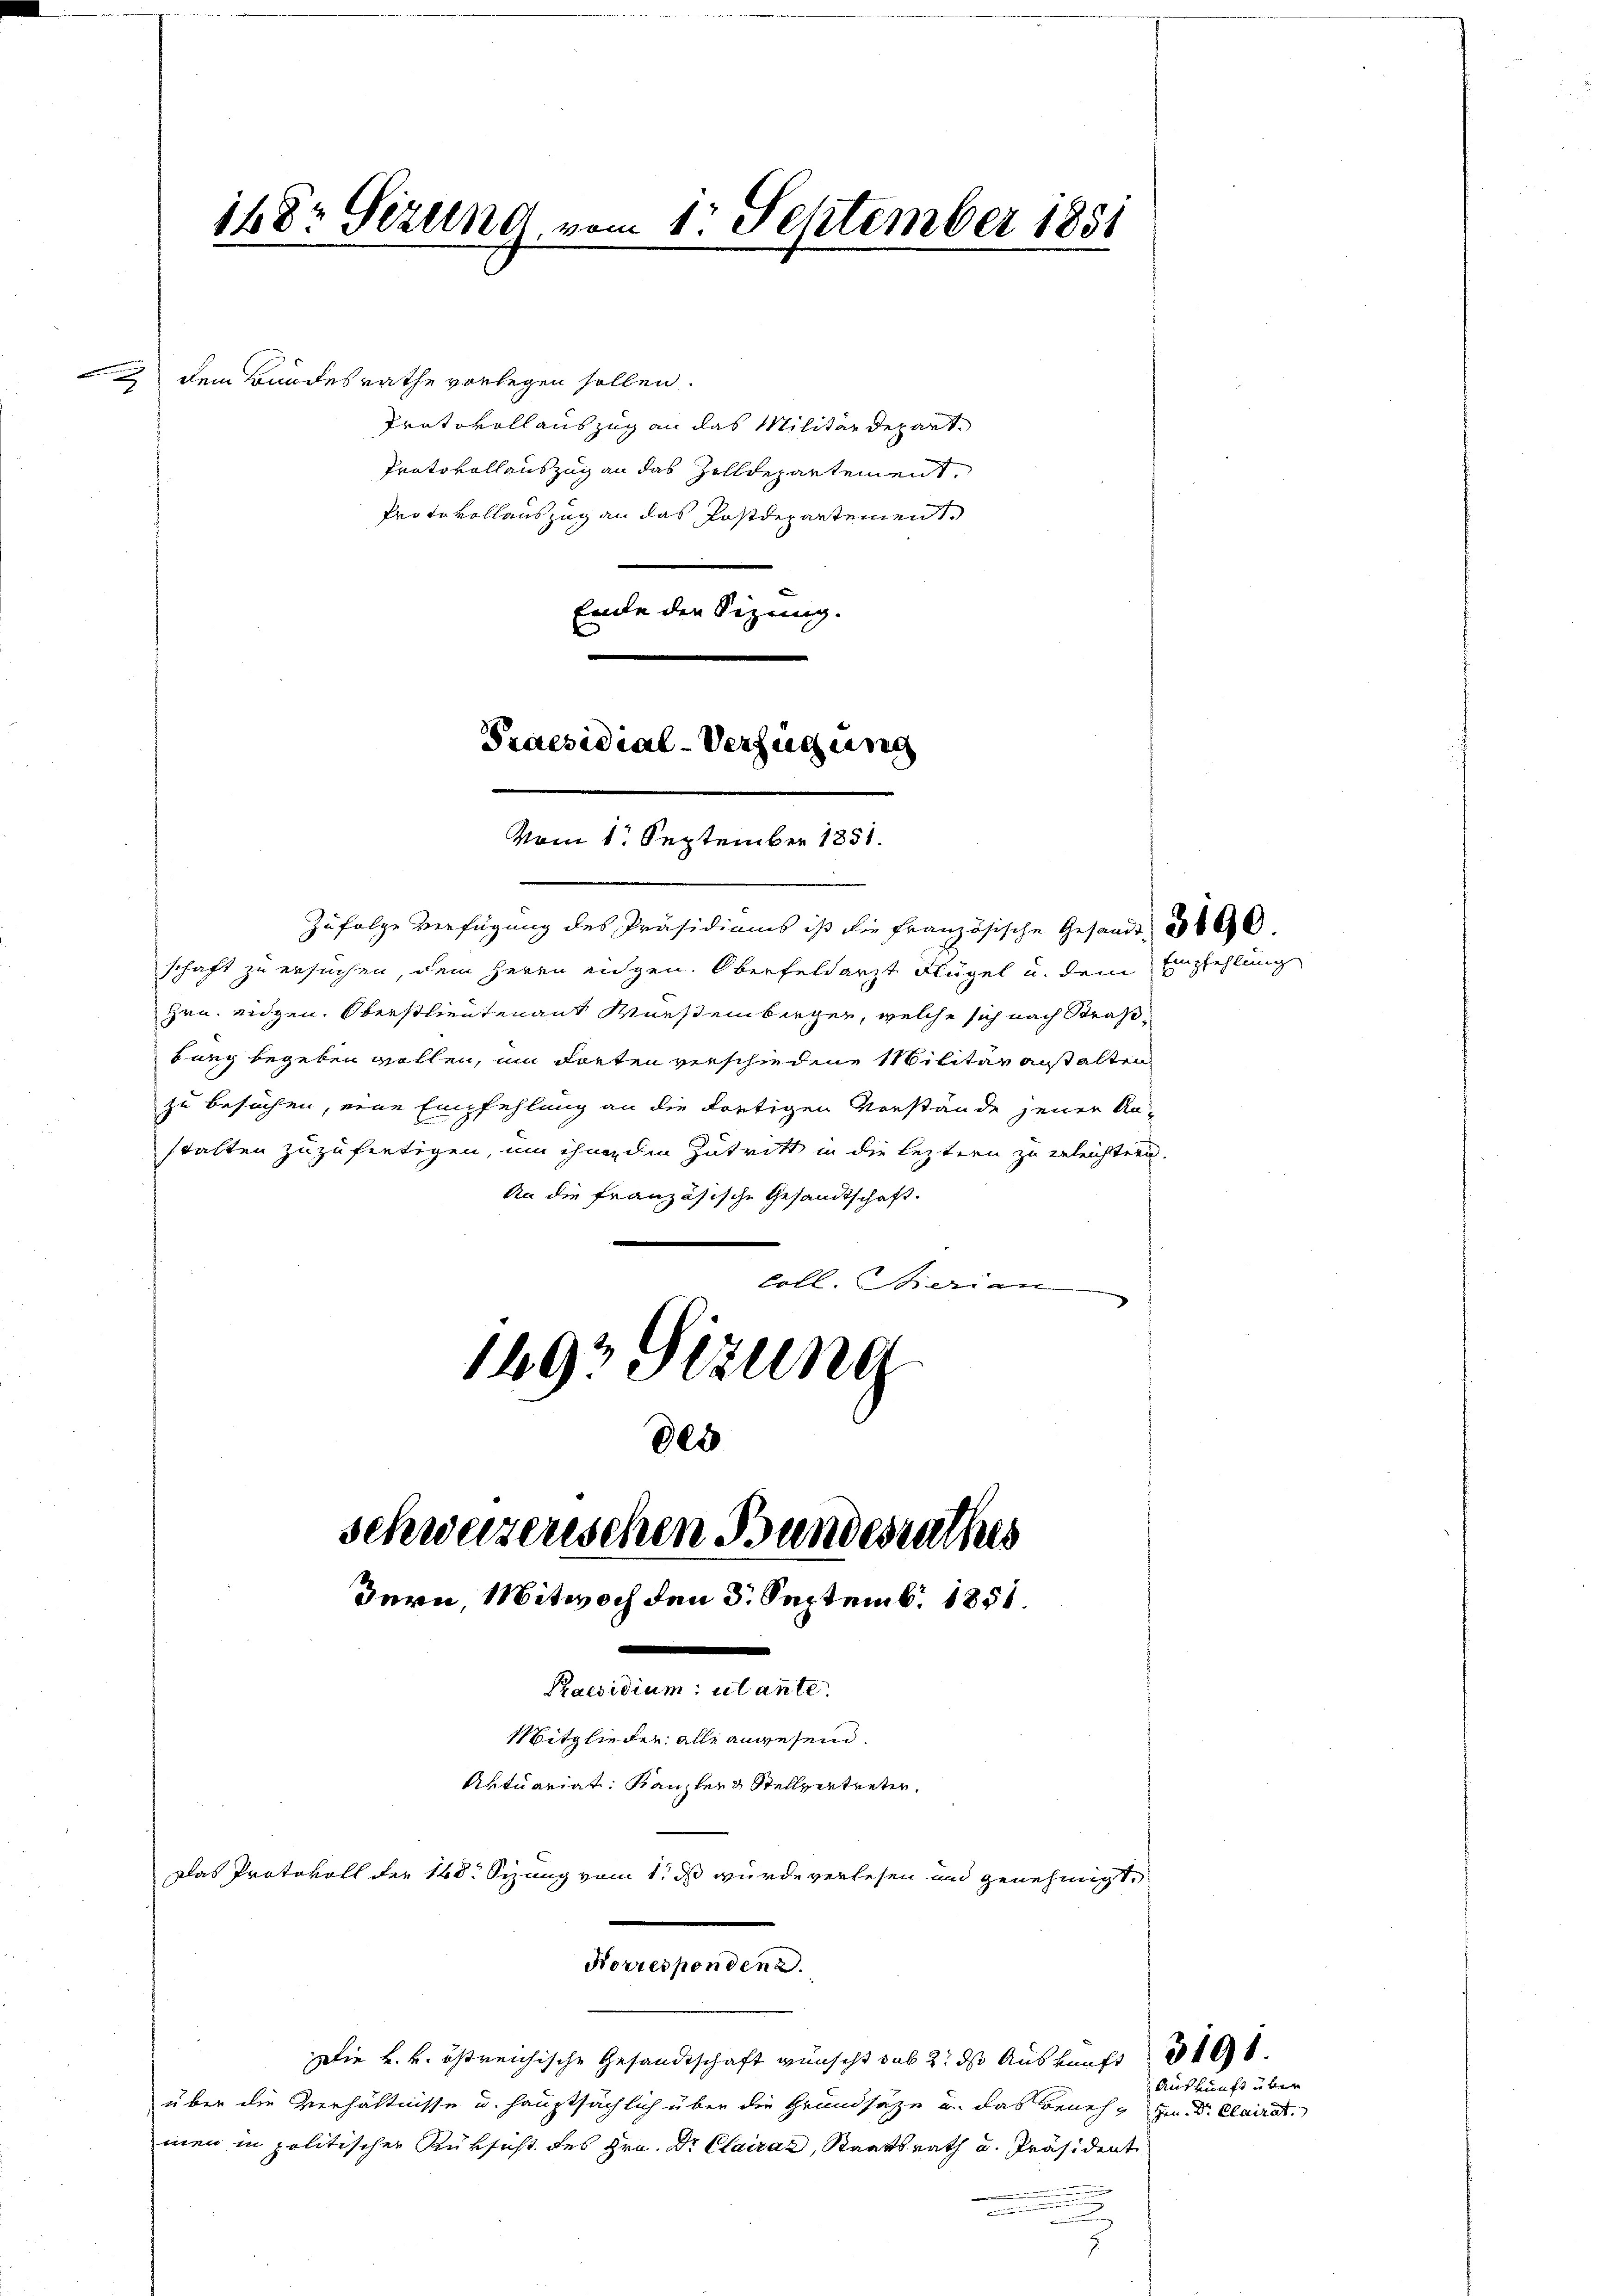
148: Sizung vom 1. September 1881

dem Bundesrathe vorlegen sollen.
Protokoll auszug an das Militärdepart
Pratovollauszug an das Zolldepartement,
Protokollauszug an das Postdepartement.
Eide den Sizung.

schweizerischen Bundesrathes
Bern, Mitwoch den 3. Septemb. 1851.

Praesidial-Verfügung
Vom 1. September 1851.

Zufolge verfügung des Präsidiums ist die Französische Gesandt, 3000.
schaft zu ersuchen, dem Herrn eigen. Oberfeldarzt Flügel u. dem Empfehlung
Hrn. eidgen. Oberstlieutenant Wurstenberger, welche sich nach Straßbung begeben wollen, um dorten verschiedene Militär anstalten
zu besuchen, eine Empfehlung an die dortigen Vorstände jenen An-
stalten zuzufertigen, um ihnenden Zutritt in die leztern zu geleichtern.
An die Französische Gesandtschaft.
Coll. Sterian
1493 Sizung
des

Die k. k. östreichische Gesandtschaft wünscht sub 2: ds Auskunft
über die Verhältnisse u. hauptsächlich über die Grundsätze u. das Benehm zu Dr. Clairat
men in politischer Rüksicht des Hrn. Dr. Clairaz, Staatsrath u. Präsident
.
n
.

.
Praesidium utante.
Mitglieder alle anwesend.
Aktuariat: Kanzler & Stellvertreter.
Das Protokoll der 148. Sizung vom 1. ds wurde verlesen und genehmigt,
Korrespendenz.

Auskunft über